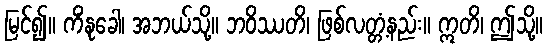
မြင်၍။ ကိံနုခေါ၊ အဘယ်သို့။ ဘဝိဿတိ၊ ဖြစ်လတ္တံ့နည်း။ ဣတိ၊ ဤသို့။